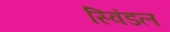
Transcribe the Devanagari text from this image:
स्विंडल